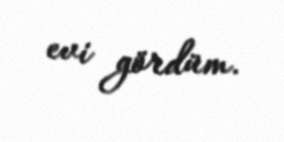
evi gördüm.